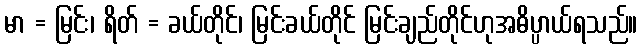
မာ = မြင်း၊ ရိတ် = ခယ်တိုင်၊ မြင်းခယ်တိုင် မြင်းချည်တိုင်ဟုအဓိပ္ပာယ်ရသည်။